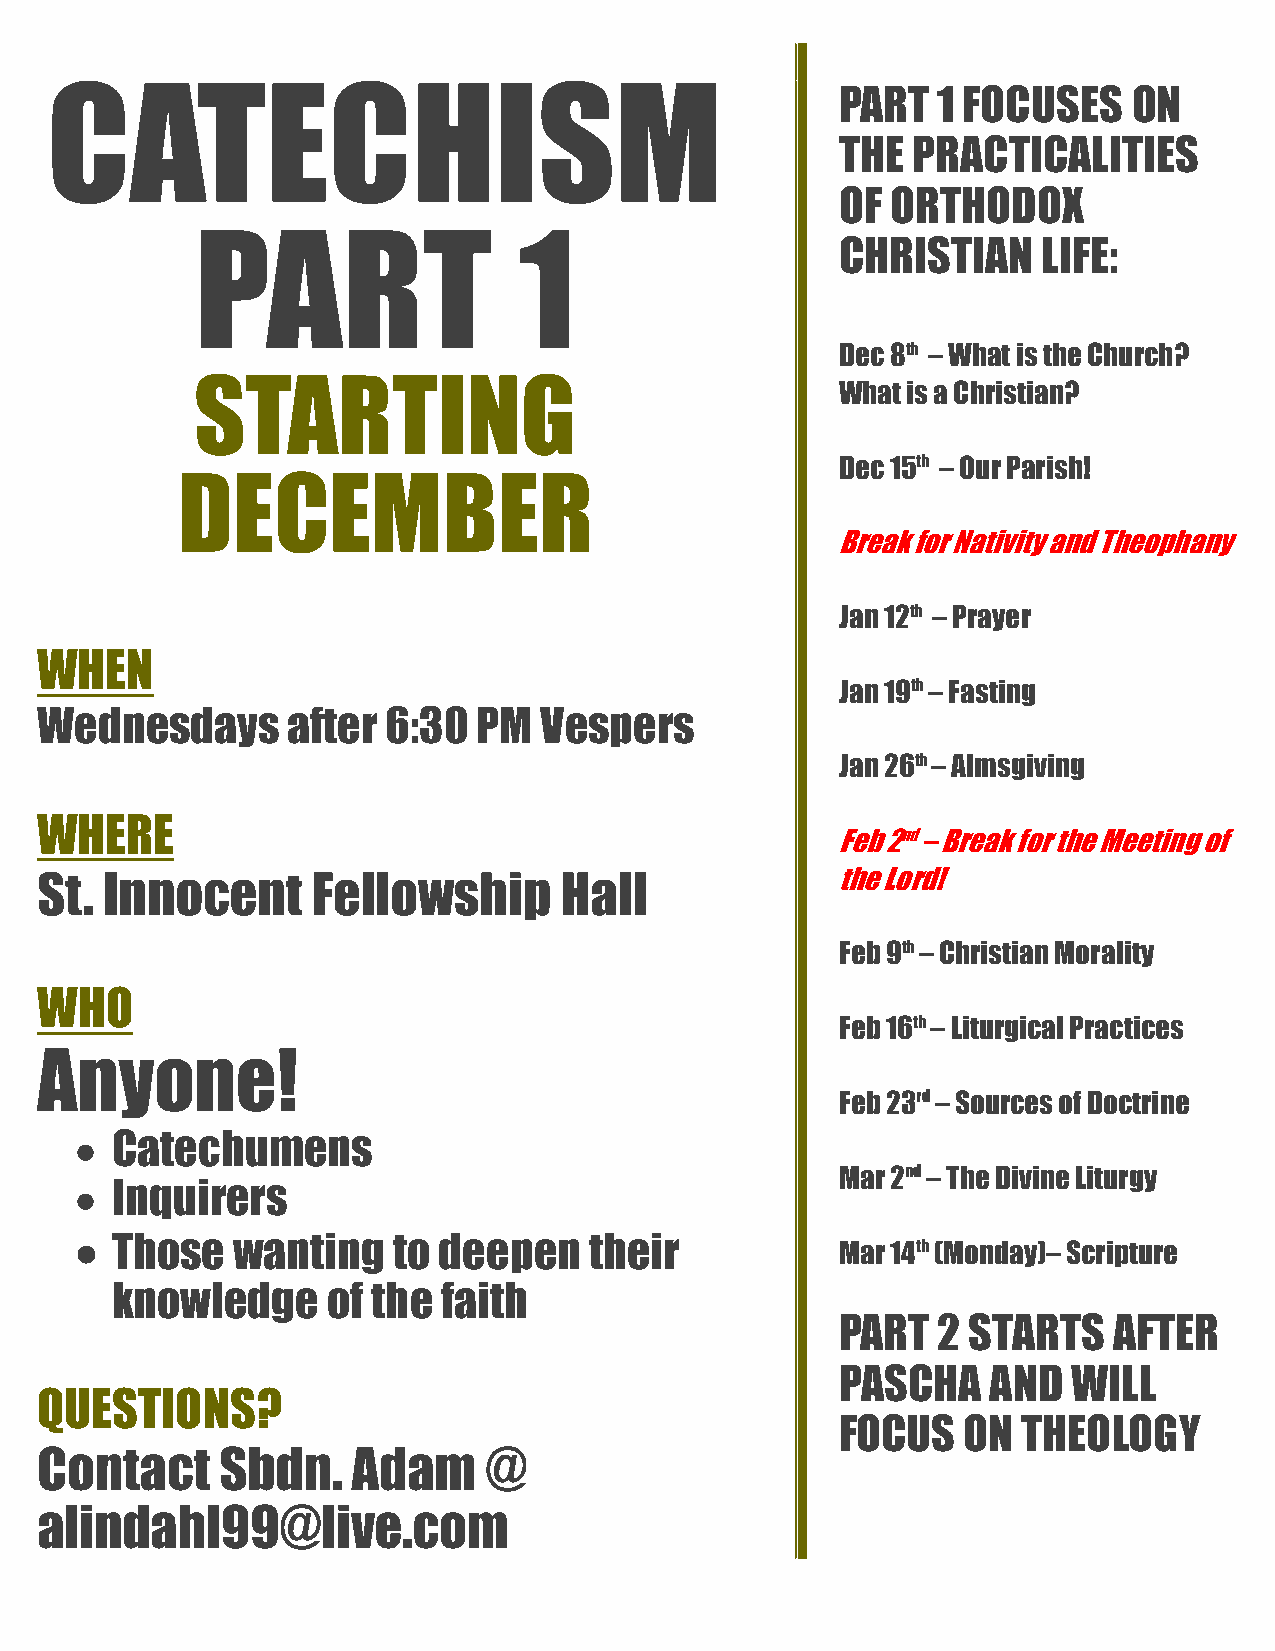
CATECHISM                                            PART  1 FOCUSES    ON
 THE PRACTICALITIES
 OF ORTHODOX
 PART                 1
 CHRISTIAN    LIFE:
 Dec 8th – What is the Church?
 STARTING                                   What is a Christian?
 Dec 15th – Our Parish!
 DECEMBER
 Break for Nativity and Theophany
 Jan 12th – Prayer
 WHEN
 Jan 19th – Fasting
 Wednesdays       after  6:30  PM  Vespers
 Jan 26th – Almsgiving
 WHERE
 Feb 2nd – Break for the Meeting of
 St.  Innocent      Fellowship      Hall              the Lord!
 Feb 9th – Christian Morality
 WHO
 Feb 16th – Liturgical Practices
 Anyone!
 Feb 23rd – Sources of Doctrine
  Catechumens
 Mar 2nd – The Divine Liturgy
  Inquirers
  Those   wanting    to deepen    their
 Mar 14th (Monday)– Scripture
 knowledge      of the faith
 PART  2 STARTS    AFTER
 PASCHA   AND   WILL
 QUESTIONS?
 FOCUS   ON  THEOLOGY
 Contact      Sbdn.   Adam     @
 alindahl99@live.com